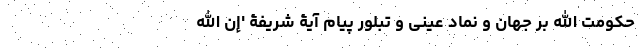
حکومت الله بر جهان و نماد عینی و تبلور پیام آیۀ شریفۀ 'إِنَّ اللَّهَ